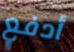
أدفع